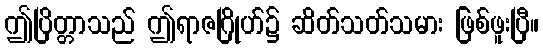
ဤပြိတ္တာသည် ဤရာဇဂြိုဟ်၌ ဆိတ်သတ်သမား ဖြစ်ဖူးပြီ။